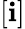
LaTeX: [\mathbf{i}]